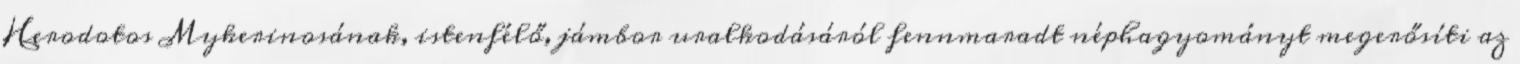
Herodotos Mykerinosának, istenfélő, jámbor uralkodásáról fennmaradt néphagyományt megerősíti az